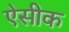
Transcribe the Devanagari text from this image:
ऐसीक